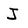
Character: J